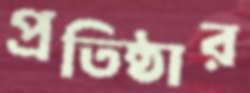
প্রতিষ্ঠার